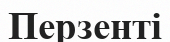
Перзенті